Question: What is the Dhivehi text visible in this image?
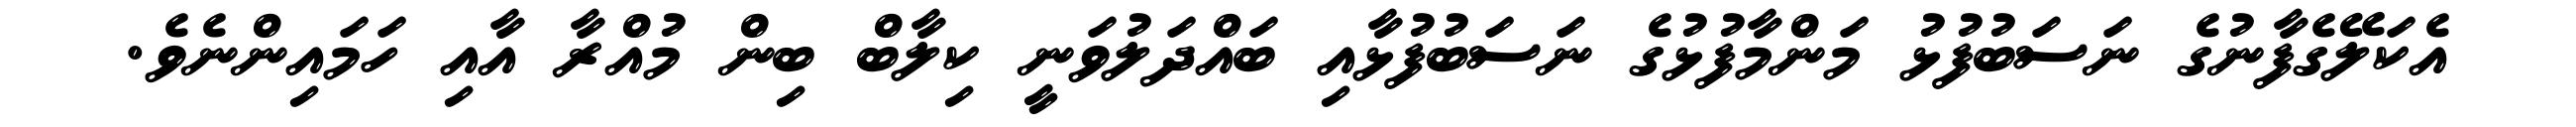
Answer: އެކަލޭގެފާނުގެ ނަސަބުފުޅު މަންމާފުޅުގެ ނަސަބުފުޅާއި ބައްދަލުވަނީ ކިލާބް ބިން މުއްރާ އާއި ހަމައިންނެވެ.